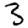
Digit: 3